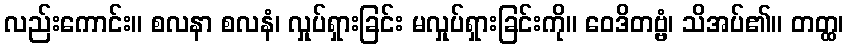
လည်းကောင်း။ စလနာ စလနံ၊ လှုပ်ရှားခြင်း မလှုပ်ရှားခြင်းကို။ ဝေဒိတဗ္ဗံ၊ သိအပ်၏။ တတ္ထ၊